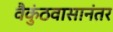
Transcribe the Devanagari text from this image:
वैकुंठवासानंतर